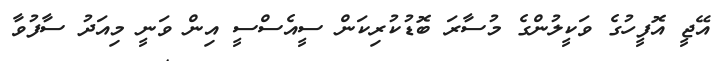
އޭޖީ އޮފީހުގެ ވަކީލުންގެ މުސާރަ ބޮޑުކުރިކަން ސީއެސްސީ އިން ވަނީ މިއަދު ސާފުވާ